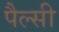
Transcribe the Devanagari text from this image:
पैल्सी